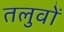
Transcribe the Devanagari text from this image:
तलुवों